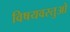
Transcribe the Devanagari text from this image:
विषयवस्तुओ